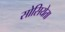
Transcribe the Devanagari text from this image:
सोसियेता